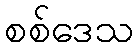
စစ်ဒေသ